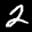
Label: 2